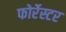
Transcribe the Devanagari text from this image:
फोर्रेस्टर